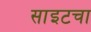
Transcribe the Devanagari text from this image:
साइटचा